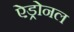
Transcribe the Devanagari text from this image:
ऐड्रोनल